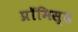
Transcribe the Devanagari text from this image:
प्रॉमिस्ड